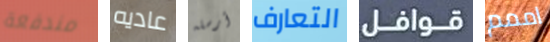
مندفعة عاديه أرسله التعارف قوافل اممم